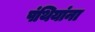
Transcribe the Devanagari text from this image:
पंथियांना